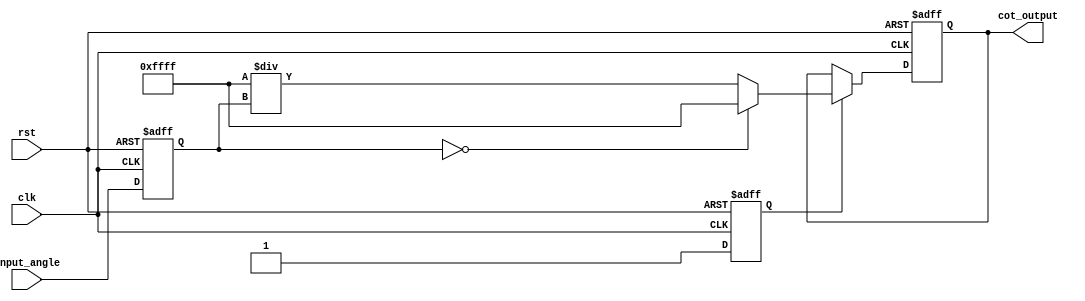
module cotangent_arithmetic_block (
    input wire [15:0] input_angle, // Fixed-point representation of angle in radians
    output reg [15:0] cot_output,   // Fixed-point representation of cotangent result
    input wire clk,
    input wire rst
);

    reg [15:0] tan_output;  // Output of the tangent calculation
    reg tan_valid;          // Flag to indicate valid tangent output

    // Tangent Calculation Block (simple approximation)
    always @(posedge clk or posedge rst) begin
        if (rst) begin
            tan_output <= 16'b0;
            tan_valid <= 1'b0;
        end else begin
            // Simple approximation of tan(x) = x for small angles
            // You can replace this with a more accurate implementation
            tan_output <= input_angle; // Replace with actual tan calculation
            tan_valid <= 1'b1;
        end
    end

    // Reciprocal Calculation Block
    always @(posedge clk or posedge rst) begin
        if (rst) begin
            cot_output <= 16'b0;
        end else if (tan_valid) begin
            if (tan_output == 16'b0) begin
                // Handle division by zero (cotangent undefined)
                cot_output <= 16'hFFFF; // Indicate undefined (could be NaN or a specific value)
            end else begin
                // Compute cotangent as 1/tan_output
                // Simple reciprocal calculation (you may want to optimize this)
                cot_output <= 16'hFFFF / tan_output; // Replace with actual division or reciprocal method
            end
        end
    end

endmodule